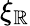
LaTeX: \xi_{\mathbb{R}}